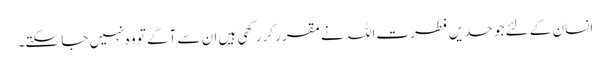
انسان کے لئے جو حدیں فطرت اللہ نےمقرر کررکھی ہیں ان سے آگے تو وہ نہیں جا سکتے۔